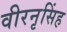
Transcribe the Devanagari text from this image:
वीरनृसिंह